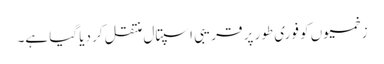
زخمیوں کو فوری طور پر قریبی اسپتال منتقل کر دیا گیا ہے۔